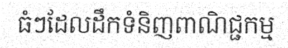
ធំៗដែលដឹកទំនិញពាណិជ្ជកម្ម